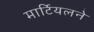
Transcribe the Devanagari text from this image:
मार्टियलने